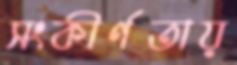
সংকীর্ণতায়